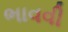
ભાવવી